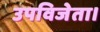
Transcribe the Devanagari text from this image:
उपविजेता।